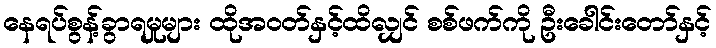
နေရပ်စွန့်ခွာရမှုများ ထိုအဝတ်နှင့်ထိလျှင် စစ်ဖက်ကို ဦးခေါင်းတော်နှင့်